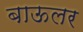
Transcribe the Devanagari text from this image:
बाऊलर